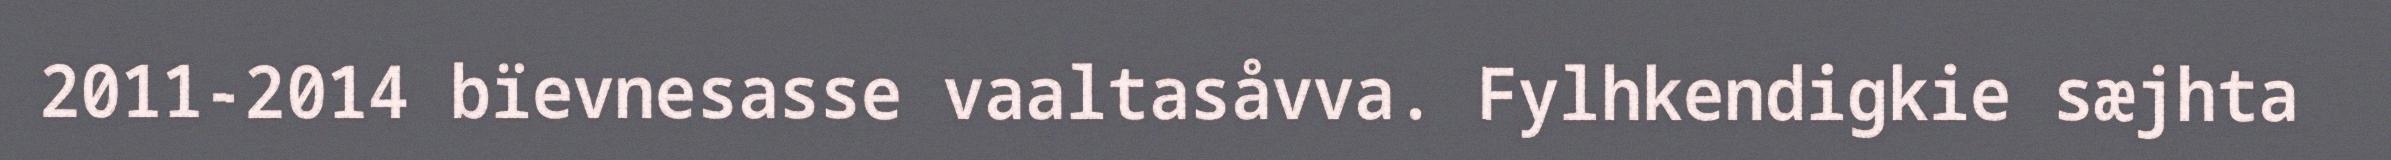
2011-2014 bïevnesasse vaaltasåvva. Fylhkendigkie sæjhta